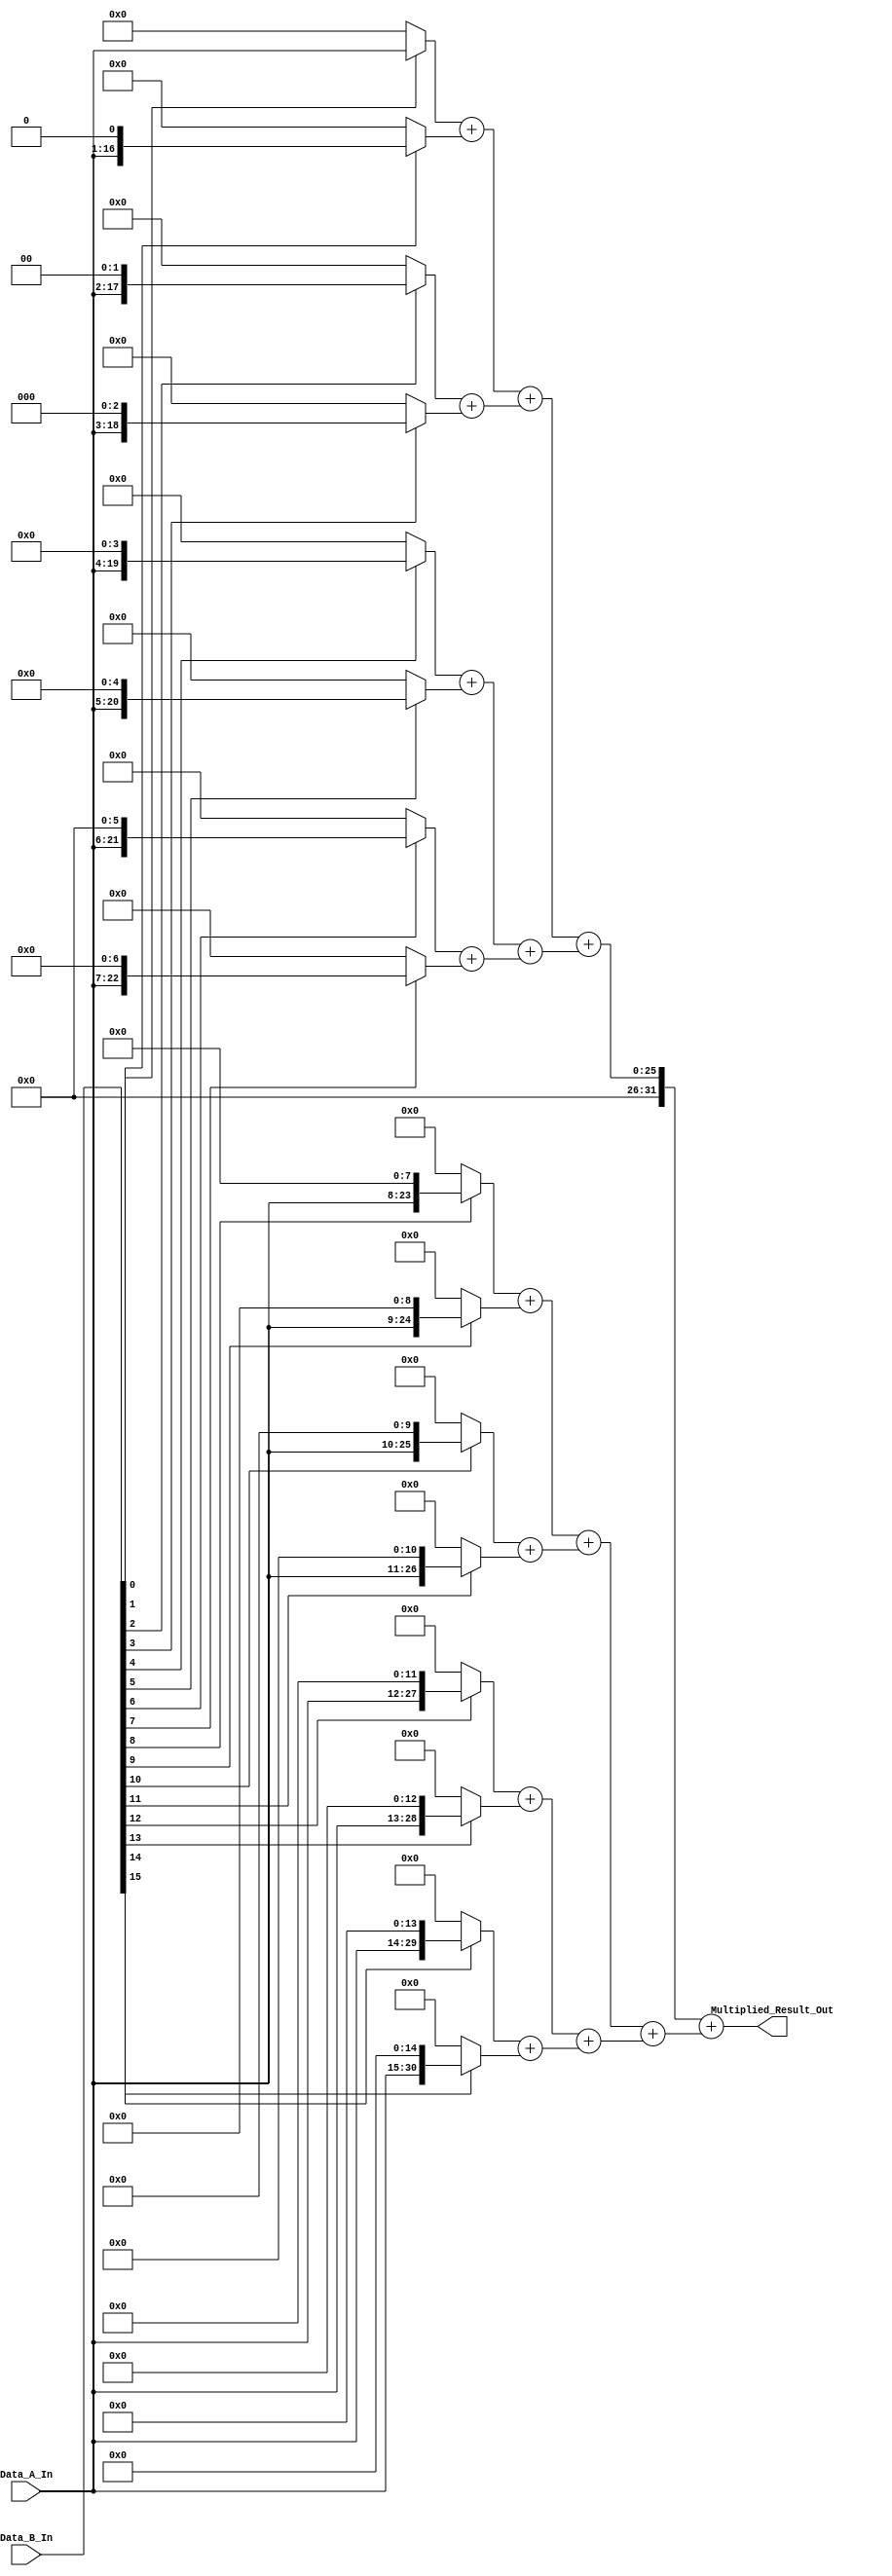
/*
**************************************************
            Multiplier - 16-Bit
**************************************************

This is a verilog code, to implement a 16-Bit Multiplier.

--------------------------------------------------
Author : Prasad Narayan Ghatol
--------------------------------------------------
*/



module Multiplier_16_Bit (
    input  [15:0] Data_A_In,
    input  [15:0] Data_B_In,

    output [31:0] Multiplied_Result_Out
);



// --------------------------------------------------
// wires and regs
// --------------------------------------------------
// Sub-Products
wire [31:0] Sub_Products [15:0];


// Additions
wire [31:0] Addition_0 [7:0];
wire [31:0] Addition_1 [3:0];
wire [31:0] Addition_2 [1:0];
wire [31:0] Addition_3;



// --------------------------------------------------
// Sub-Products
// --------------------------------------------------
assign Sub_Products[0]  = Data_B_In[0]  ? (Data_A_In)       : 32'b0;
assign Sub_Products[1]  = Data_B_In[1]  ? (Data_A_In << 1)  : 32'b0;
assign Sub_Products[2]  = Data_B_In[2]  ? (Data_A_In << 2)  : 32'b0;
assign Sub_Products[3]  = Data_B_In[3]  ? (Data_A_In << 3)  : 32'b0;
assign Sub_Products[4]  = Data_B_In[4]  ? (Data_A_In << 4)  : 32'b0;
assign Sub_Products[5]  = Data_B_In[5]  ? (Data_A_In << 5)  : 32'b0;
assign Sub_Products[6]  = Data_B_In[6]  ? (Data_A_In << 6)  : 32'b0;
assign Sub_Products[7]  = Data_B_In[7]  ? (Data_A_In << 7)  : 32'b0;

assign Sub_Products[8]  = Data_B_In[8]  ? (Data_A_In << 8)  : 32'b0;
assign Sub_Products[9]  = Data_B_In[9]  ? (Data_A_In << 9)  : 32'b0;
assign Sub_Products[10] = Data_B_In[10] ? (Data_A_In << 10) : 32'b0;
assign Sub_Products[11] = Data_B_In[11] ? (Data_A_In << 11) : 32'b0;
assign Sub_Products[12] = Data_B_In[12] ? (Data_A_In << 12) : 32'b0;
assign Sub_Products[13] = Data_B_In[13] ? (Data_A_In << 13) : 32'b0;
assign Sub_Products[14] = Data_B_In[14] ? (Data_A_In << 14) : 32'b0;
assign Sub_Products[15] = Data_B_In[15] ? (Data_A_In << 15) : 32'b0;



// --------------------------------------------------
// Adders
// --------------------------------------------------
assign Addition_0[0] = Sub_Products[0]  + Sub_Products[1];
assign Addition_0[1] = Sub_Products[2]  + Sub_Products[3];
assign Addition_0[2] = Sub_Products[4]  + Sub_Products[5];
assign Addition_0[3] = Sub_Products[6]  + Sub_Products[7];
assign Addition_0[4] = Sub_Products[8]  + Sub_Products[9];
assign Addition_0[5] = Sub_Products[10] + Sub_Products[11];
assign Addition_0[6] = Sub_Products[12] + Sub_Products[13];
assign Addition_0[7] = Sub_Products[14] + Sub_Products[15];


assign Addition_1[0] = Addition_0[0] + Addition_0[1];
assign Addition_1[1] = Addition_0[2] + Addition_0[3];
assign Addition_1[2] = Addition_0[4] + Addition_0[5];
assign Addition_1[3] = Addition_0[6] + Addition_0[7];


assign Addition_2[0] = Addition_1[0] + Addition_1[1];
assign Addition_2[1] = Addition_1[2] + Addition_1[3];


assign Addition_3 = Addition_2[0] + Addition_2[1];



// --------------------------------------------------
// Final Result
// --------------------------------------------------
assign Multiplied_Result_Out = Addition_3;



endmodule